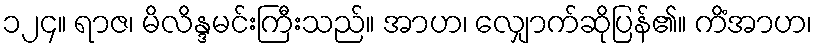
၁၂၄။ ရာဇ၊ မိလိန္ဒမင်းကြီးသည်။ အာဟ၊ လျှောက်ဆိုပြန်၏။ ကိံအာဟ၊